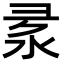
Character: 𢑙